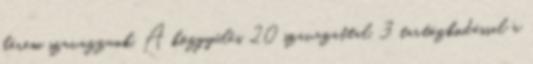
kérem szavazzunk. A közgyűlés 20 szavazattal, 3 tartózkodással a